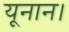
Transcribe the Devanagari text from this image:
यूनान।